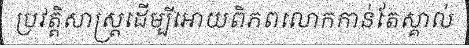
ប្រវត្តិសាស្ត្រដើម្បីអោយពិភពលោកកាន់តែស្គាល់